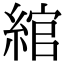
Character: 綰